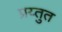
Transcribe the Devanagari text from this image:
प्रय्तुत